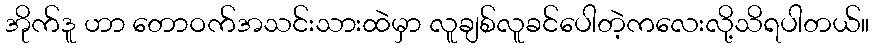
အိုက်ဒူ ဟာ တောဝက်အသင်းသားထဲမှာ လူချစ်လူခင်ပေါတဲ့ကလေးလို့သိရပါတယ်။